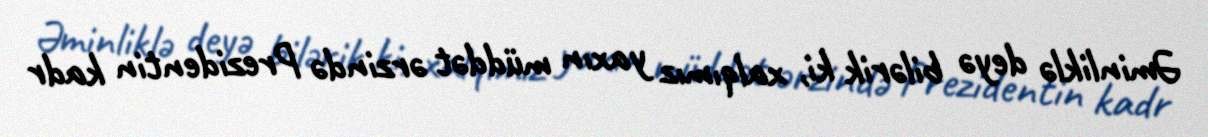
Əminliklə deyə bilərik ki, xalqımız yaxın müddət ərzində Prezidentin kadr